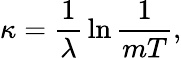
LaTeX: \kappa={\frac{1}{\lambda}}\ln{\frac{1}{mT}},